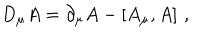
D _ { \mu } A = \partial _ { \mu } A - \left[ A _ { \mu } , A \right] \, ,